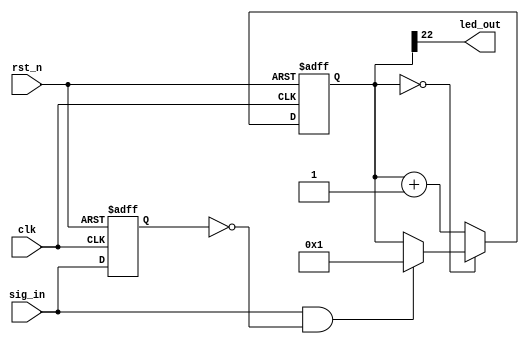
module ActivityLED(
		clk,
		rst_n,

		sig_in,
		led_out
	);

	/* Usual inputs */
	input clk;
	input rst_n;

	/* Input signal and LED output */
	input sig_in;
	output led_out;

	reg prevSigIn;
	reg [23:0] ledCounter;

	assign led_out = ledCounter[22];

	always @(posedge clk  or negedge rst_n) begin
		if(!rst_n) begin
			prevSigIn <= 'b0;
			ledCounter <= 'h0;
		end
		else begin
			/* If changes are detected in sig_in, the LED will blink */

			prevSigIn <= sig_in;

			if(!ledCounter) begin
				if(sig_in && !prevSigIn) begin
					ledCounter <= 'h1;
				end
			end
			else begin
				ledCounter <= ledCounter + 'h1;
			end
		end
	end

endmodule